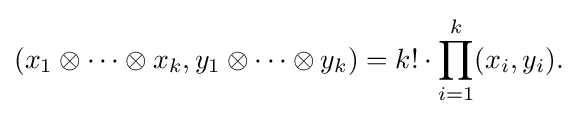
{(x_{1}\otimes \cdots \otimes x_{k},y_{1}\otimes \cdots \otimes y_{k})=k!\cdot \prod _{i=1}^{k}(x_{i},y_{i}).}